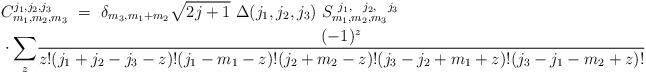
LaTeX: \begin{align*}& C_{m_{1},m_{2},m_{3}}^{j_{1},j_{2},j_{3}}\ =\ \delta_{m_3,m_1+m_2}\sqrt{2j+1}\ \Delta(j_{1},j_{2},j_{3})\ S_{m_{1},m_{2},m_{3}}^{\ j_{1},\ \ j_{2},\ \ j_{3}}\\& \cdot{\sum_{z}}\frac{(-1)^{z}}{z!(j_{1}+j_{2}-j_{3}-z)!(j_{1}-m_{1}-z)!(j_{2}+m_{2}-z)!(j_{3}-j_{2}+m_{1}+z)!(j_{3}-j_{1}-m_{2}+z)!}\end{align*}